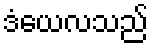
ဒံယေလသည်